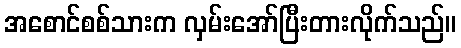
အစောင်စစ်သားက လှမ်းအော်ပြီးတားလိုက်သည်။